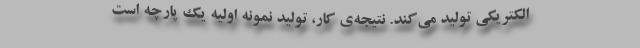
الکتریکی تولید می‌کند. نتیجه‌ی کار، تولید نمونه اولیه یک پارچه است